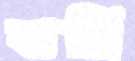
বার্মি